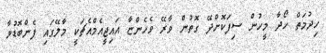
ހިދުމަތް ހޯދާ މީހުން ސިފަކޮށްދޭ ގޮތުން ވާރޭ ވެހެންޏާ އައިޖީއެމްއެޗަކީ މާލޭގައި ފެންބޮޑުވާ